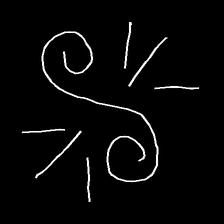
Glyph: wind-directs-air